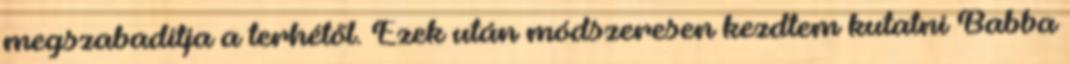
megszabadítja a terhétől. Ezek után módszeresen kezdtem kutatni Babba